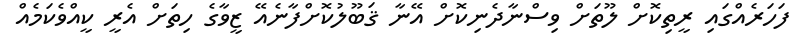
ފަހަރެއްގައި ރީތިކޮށް ލޫތަށް ވިސްނާދެނިކޮށް އޭނާ ޤަބޫލުކޮށްފާނެއޭ ޒީވާގެ ހިތަށް އެރީ ކީއްވެކަމެއް